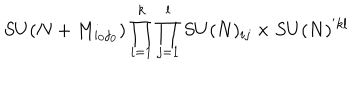
LaTeX: S U ( N + M _ { i _ { 0 } j _ { 0 } } ) \prod _ { i = 1 } ^ { k } \prod _ { j = 1 } ^ { l } S U ( N ) _ { i j } \times S U ( N ) ^ { ' k l }